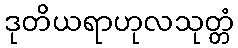
ဒုတိယရာဟုလသုတ္တံ